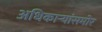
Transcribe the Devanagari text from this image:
अधिकार्‍यांसमोर